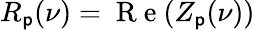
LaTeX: R_{\mathsf{p}}(\nu)=\mathrm{{~R~e~}}(Z_{\mathsf{p}}(\nu))